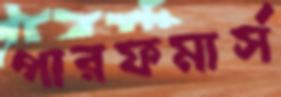
পারফমার্স